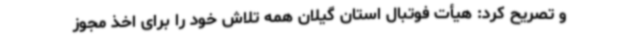
و تصریح کرد: هیأت فوتبال استان گیلان همه تلاش خود را برای اخذ مجوز